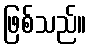
ဖြစ်သည်။